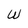
Character: W